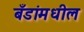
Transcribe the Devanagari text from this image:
बँडांमधील